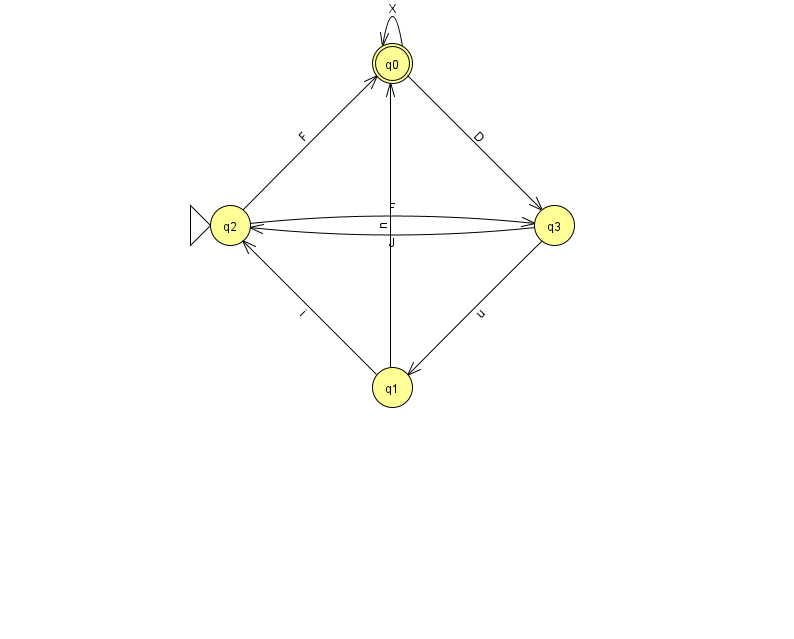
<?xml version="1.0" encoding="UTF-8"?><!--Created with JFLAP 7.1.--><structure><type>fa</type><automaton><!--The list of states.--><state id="0" name="q0"><x>392.0</x><y>50.0</y><final/></state><state id="1" name="q1"><x>392.0</x><y>374.0</y></state><state id="2" name="q2"><x>230.0</x><y>212.0</y><initial/></state><state id="3" name="q3"><x>554.0</x><y>212.0</y></state><!--The list of transitions.--><transition><from>2</from><to>3</to><read>F</read></transition><transition><from>3</from><to>1</to><read>u</read></transition><transition><from>1</from><to>0</to><read>n</read></transition><transition><from>0</from><to>0</to><read>X</read></transition><transition><from>2</from><to>0</to><read>F</read></transition><transition><from>0</from><to>3</to><read>D</read></transition><transition><from>3</from><to>2</to><read>J</read></transition><transition><from>1</from><to>2</to><read>i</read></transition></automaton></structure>